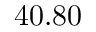
4 0 . 8 0